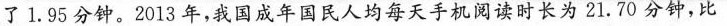
了1.95分钟。2013年，我国成年国民人均每天手机阅读时长为21.70分钟，比